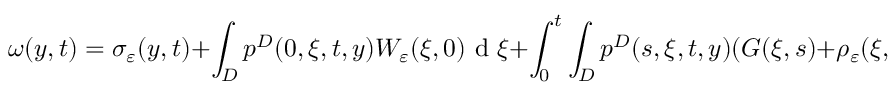
\omega ( y , t ) = \sigma _ { \varepsilon } ( y , t ) + \int _ { D } p ^ { D } ( 0 , \xi , t , y ) W _ { \varepsilon } ( \xi , 0 ) \textrm { d } \xi + \int _ { 0 } ^ { t } \int _ { D } p ^ { D } ( s , \xi , t , y ) ( G ( \xi , s ) + \rho _ { \varepsilon } ( \xi , s ) ) \textrm { d } \xi \textrm { d } s